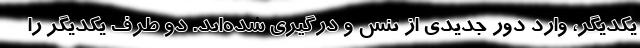
یکدیگر، وارد دور جدیدی از تنش‌ و درگیری شده‌اند. دو طرف یکدیگر را